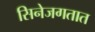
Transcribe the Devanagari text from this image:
सिनेजगतात